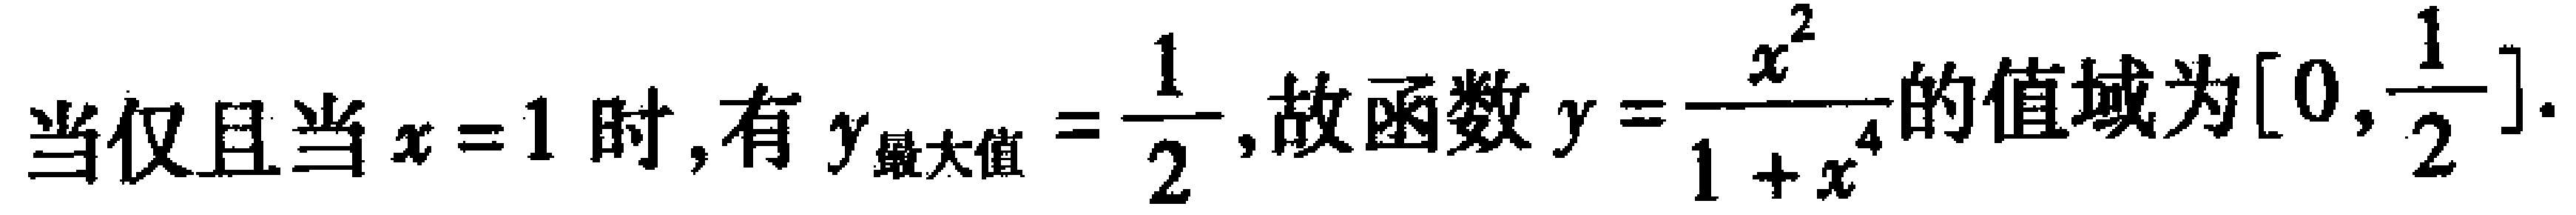
当仅且当$x = 1$时, 有$y_{最大值}=\dfrac{1}{2}$, 故函数$y = \dfrac{x^{2}}{1 + x^{4}}$的值域为$\left[0,\dfrac{1}{2}\right]$.